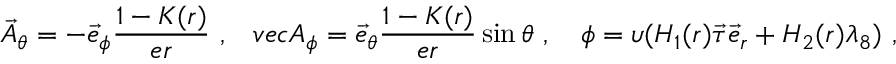
\vec { A } _ { \theta } = - \vec { e } _ { \phi } \frac { 1 - K ( r ) } { e r } \ , \ \ \, v e c A _ { \phi } = \vec { e } _ { \theta } \frac { 1 - K ( r ) } { e r } \sin \theta \ , \ \ \ \phi = \upsilon ( H _ { 1 } ( r ) \vec { \tau } \vec { e } _ { r } + H _ { 2 } ( r ) \lambda _ { 8 } ) \ ,